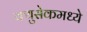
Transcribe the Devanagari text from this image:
क्युसेकमध्ये